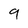
Character: 9